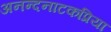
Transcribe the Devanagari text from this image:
अनन्दनाटकप्रिया